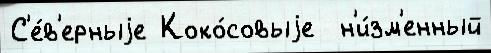
С'е́в'ерныjе Коко́совыjе  н'и́зм'енный